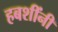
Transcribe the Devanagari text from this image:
हबशींनी